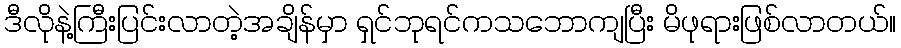
ဒီလိုနဲ့ကြီးပြင်းလာတဲ့အချိန်မှာ ရှင်ဘုရင်ကသဘောကျပြီး မိဖုရားဖြစ်လာတယ်။